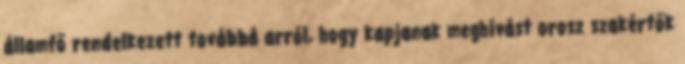
államfő rendelkezett továbbá arról, hogy kapjanak meghívást orosz szakértők